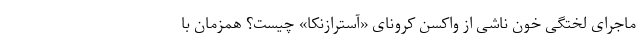
ماجرای لختگی خون ناشی از واکسن کرونای «آسترازنکا» چیست؟ همزمان با